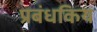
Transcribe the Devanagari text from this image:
प्रबंधकिय